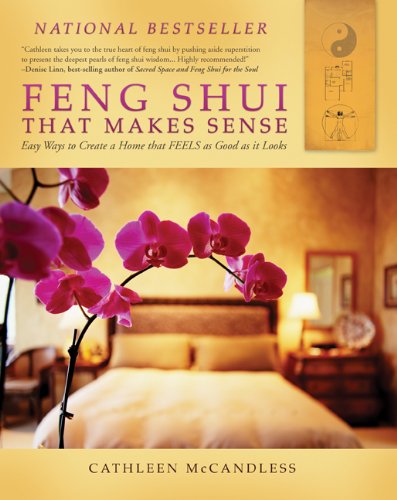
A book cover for Feng Shui that Makes Sense - Easy Ways to Create a Home that FEELS as Good as it Looks; Cathleen McCandless; Arts & Photography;